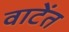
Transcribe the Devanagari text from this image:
वाटेंत